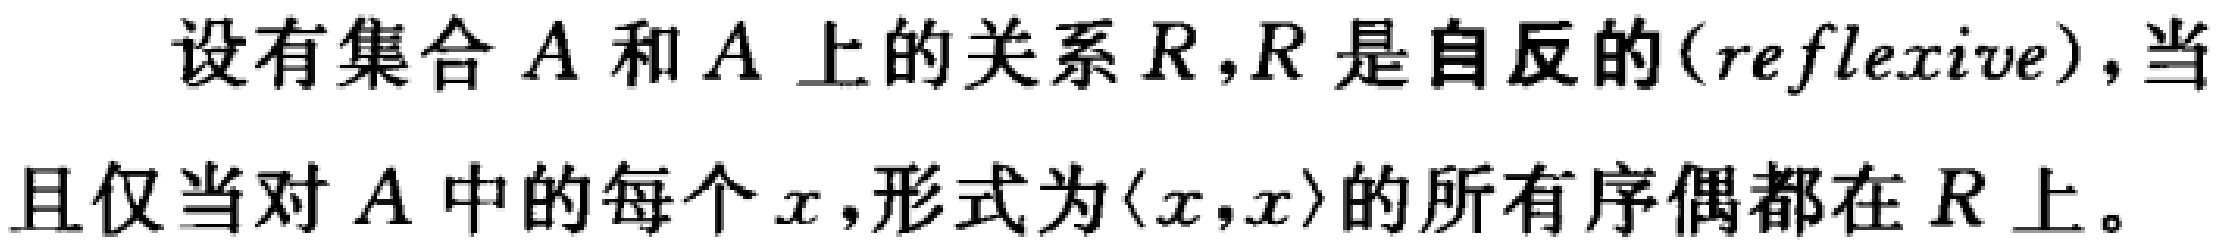
设有集合 \(A\) 和 \(A\) 上的关系 \(R\)，\(R\) 是自反的(\(reflexive\))，当且仅当对 \(A\) 中的每个 \(x\)，形式为\(\langle x,x\rangle\)的所有序偶都在 \(R\) 上。